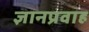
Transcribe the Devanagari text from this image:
ज्ञानप्रवाह